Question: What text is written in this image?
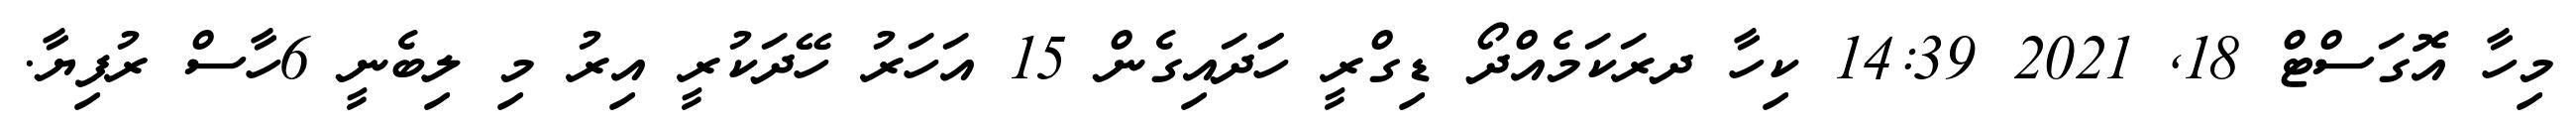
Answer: މިހާ އޮގަސްޓް 18, 2021 14:39 ކިހާ ދރަކަމެއްދޯ ޑިގްރީ ހަަދައިގެން 15 އަހަރު ހޭދަކުރީ އިރު މި ލިބެނީ 6ހާސް ރުފިޔާ.